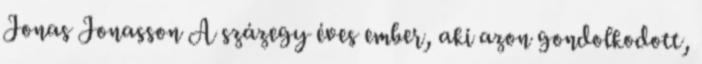
Jonas Jonasson A százegy éves ember, aki azon gondolkodott,